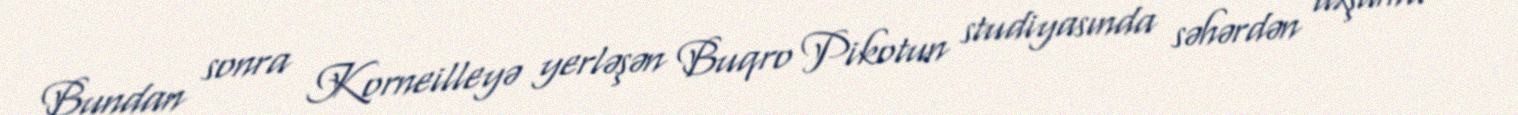
Bundan sonra Korneilleyə yerləşən Buqro Pikotun studiyasında səhərdən axşama